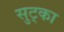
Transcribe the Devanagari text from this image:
सुट्का